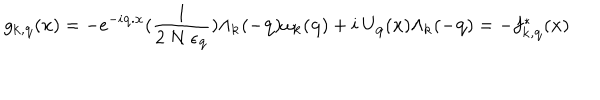
LaTeX: g _ { { \bf { k } } , { \bf { q } } } ( { \bf { x } } ) = - e ^ { - i { \bf { q . x } } } ( \frac { 1 } { 2 \mathrm { ~ } N \mathrm { ~ } \epsilon _ { { \bf { q } } } } ) \Lambda _ { { \bf { k } } } ( - { \bf { q } } ) \omega _ { { \bf { k } } } ( { \bf { q } } ) + i \mathrm { ~ } U _ { { \bf { q } } } ( { \bf { x } } ) \Lambda _ { { \bf { k } } } ( - { \bf { q } } ) = - f _ { { \bf { k } } , { \bf { q } } } ^ { * } ( { \bf { x } } )